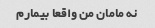
نه مامان من واقعا بیمارم